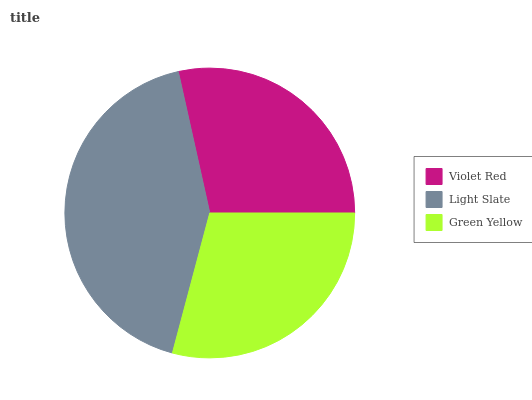
| Violet Red | Light Slate | Green Yellow |
 | --- | --- | --- |
 | 28.5% | 42.4% | 29.1% |